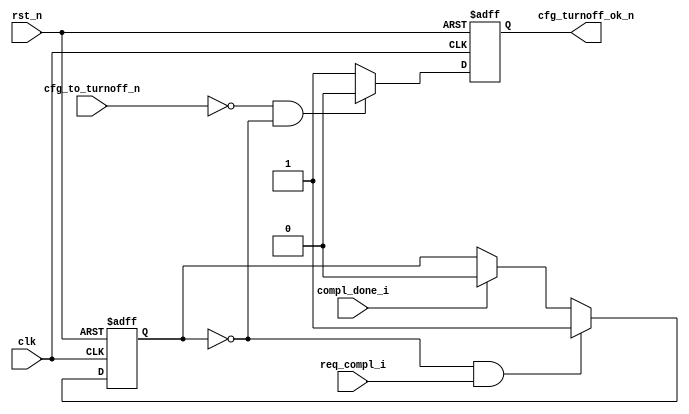

//-----------------------------------------------------------------------------
//
// (c) Copyright 2009-2010 Xilinx, Inc. All rights reserved.
//
// This file contains confidential and proprietary information
// of Xilinx, Inc. and is protected under U.S. and
// international copyright and other intellectual property
// laws.
//
// DISCLAIMER
// This disclaimer is not a license and does not grant any
// rights to the materials distributed herewith. Except as
// otherwise provided in a valid license issued to you by
// Xilinx, and to the maximum extent permitted by applicable
// law: (1) THESE MATERIALS ARE MADE AVAILABLE "AS IS" AND
// WITH ALL FAULTS, AND XILINX HEREBY DISCLAIMS ALL WARRANTIES
// AND CONDITIONS, EXPRESS, IMPLIED, OR STATUTORY, INCLUDING
// BUT NOT LIMITED TO WARRANTIES OF MERCHANTABILITY, NON-
// INFRINGEMENT, OR FITNESS FOR ANY PARTICULAR PURPOSE; and
// (2) Xilinx shall not be liable (whether in contract or tort,
// including negligence, or under any other theory of
// liability) for any loss or damage of any kind or nature
// related to, arising under or in connection with these
// materials, including for any direct, or any indirect,
// special, incidental, or consequential loss or damage
// (including loss of data, profits, goodwill, or any type of
// loss or damage suffered as a result of any action brought
// by a third party) even if such damage or loss was
// reasonably foreseeable or Xilinx had been advised of the
// possibility of the same.
//
// CRITICAL APPLICATIONS
// Xilinx products are not designed or intended to be fail-
// safe, or for use in any application requiring fail-safe
// performance, such as life-support or safety devices or
// systems, Class III medical devices, nuclear facilities,
// applications related to the deployment of airbags, or any
// other applications that could lead to death, personal
// injury, or severe property or environmental damage
// (individually and collectively, "Critical
// Applications"). Customer assumes the sole risk and
// liability of any use of Xilinx products in Critical
// Applications, subject only to applicable laws and
// regulations governing limitations on product liability.
//
// THIS COPYRIGHT NOTICE AND DISCLAIMER MUST BE RETAINED AS
// PART OF THIS FILE AT ALL TIMES.
//
//-----------------------------------------------------------------------------
// Project    : V5-Block Plus for PCI Express
//--
//-- Description: Turn-off Control Unit.
//--
//--------------------------------------------------------------------------------

`timescale 1ns/1ns

module PIO_TO_CTRL    (

                        clk,
                        rst_n,

                        req_compl_i,
                        compl_done_i,

                        cfg_to_turnoff_n,
                        cfg_turnoff_ok_n

                        );

    input               clk;
    input               rst_n;

    input               req_compl_i;
    input               compl_done_i;

    input               cfg_to_turnoff_n;
    output              cfg_turnoff_ok_n;

    reg                 trn_pending;
    reg                 cfg_turnoff_ok_n;


    /*
     *  Check if completion is pending
     */

    always @ ( posedge clk or negedge rst_n ) begin

        if (!rst_n ) begin

          trn_pending <= 0;

        end else begin

          if (!trn_pending && req_compl_i)

            trn_pending <= 1'b1;

          else if (compl_done_i)

            trn_pending <= 1'b0;

        end

    end

    /*
     *  Turn-off OK if requested and no transaction is pending
     */

     always @ ( posedge clk or negedge rst_n ) begin

      if (!rst_n ) begin

        cfg_turnoff_ok_n <= 1'b1;

      end else begin

        if ( !cfg_to_turnoff_n  && !trn_pending)
          cfg_turnoff_ok_n <= 1'b0;
        else
          cfg_turnoff_ok_n <= 1'b1;

      end

    end


endmodule // PIO_TO_CTRL